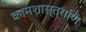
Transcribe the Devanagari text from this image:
कामशास्त्राणि